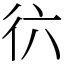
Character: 𢓌